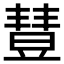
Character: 𣍈